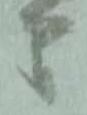
間